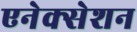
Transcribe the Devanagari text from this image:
एनेक्सेशन